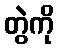
တွဲကို